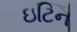
ઇટિન